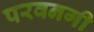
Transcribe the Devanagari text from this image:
परवनगी